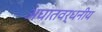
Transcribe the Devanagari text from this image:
अघातवर्धनीय